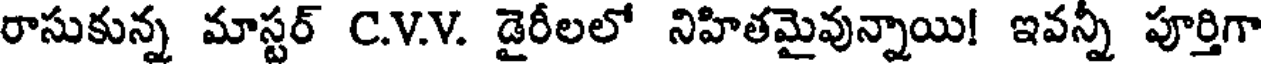
రాసుకున్న మాస్టర్ C.V.V. డైరీలలో నిహితమైవున్నాయి! ఇవన్నీ పూర్తిగా